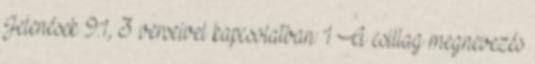
Jelenések 9:1, 3 verseivel kapcsolatban: 1 A csillag megnevezés